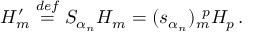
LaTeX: H _ { m } ^ { \prime } \stackrel { d e f } { = } S _ { \alpha _ { n } } H _ { m } = ( s _ { \alpha _ { n } } ) _ { m } ^ { ~ p } H _ { p } \, .